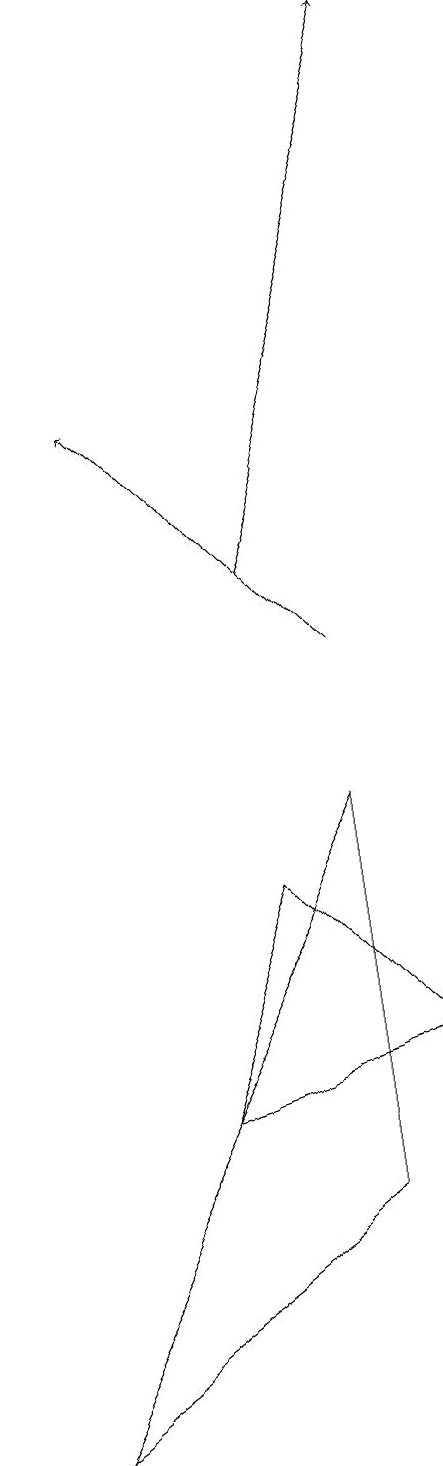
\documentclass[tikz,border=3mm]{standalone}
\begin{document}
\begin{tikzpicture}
\draw (6,7) -- (5,4) -- (8,5) -- cycle;
\draw[->] (7,10) -- (4,13);
\draw[->] (6,11) -- (8,18);
\draw (3,0) -- (7,3) -- (7,8) -- cycle;
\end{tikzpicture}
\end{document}